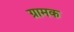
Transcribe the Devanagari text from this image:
ग्रामक